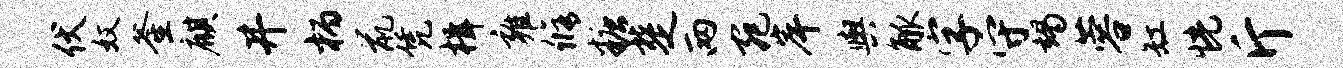
伏奴釜麒井柄鼠凭楫雍修糖楚两宛岸舆觚字守竭蓉缸恍斤